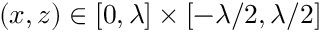
( x , z ) \in [ 0 , \lambda ] \times [ - \lambda / 2 , \lambda / 2 ]